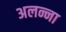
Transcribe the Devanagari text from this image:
अलन्ना